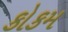
કોકમ